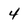
Character: 4